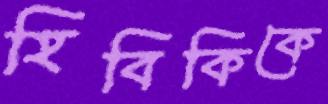
হিবিকিকে